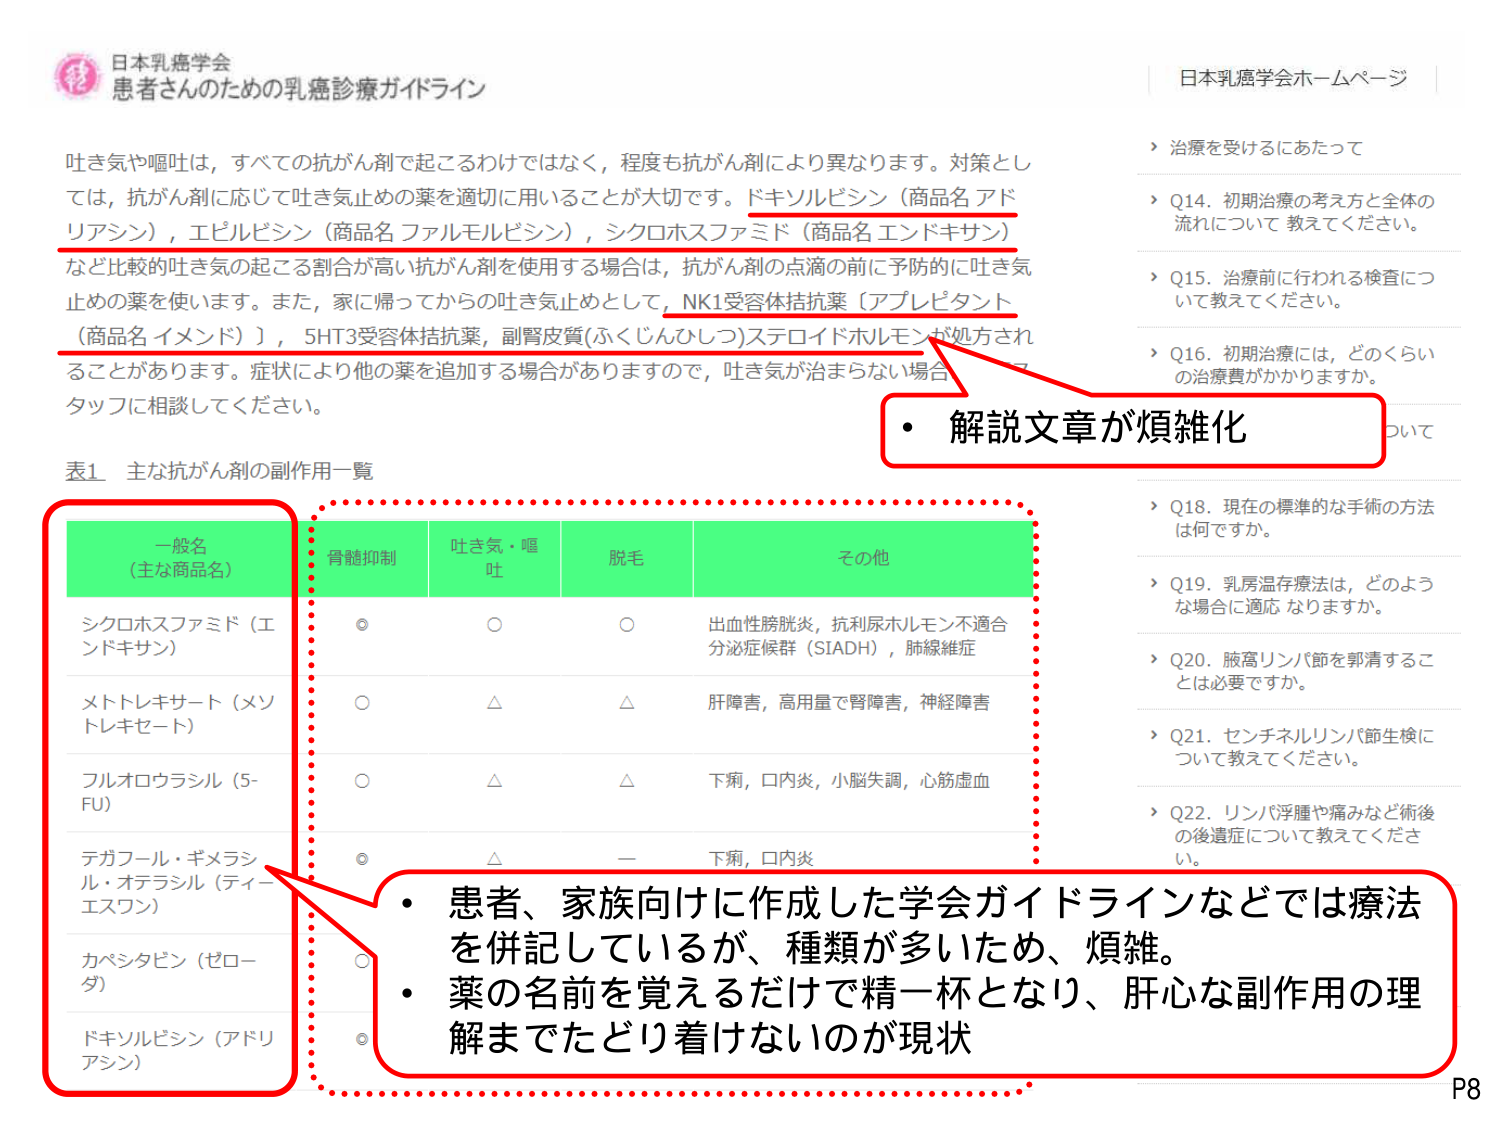
日本乳癌学会
患者さんのための乳癌診療ガイドライン

吐き気や嘔吐は、すべての抗がん剤で起こるわけではなく、程度も抗がん剤により異なります。対策としては、抗がん剤に応じて吐き気止めの薬を適切に用いることが大切です。ドキソルビシン（商品名 アドリアシン）、エピルビシン（商品名 ファルモルビシン）、シクロホスファミド（商品名 エンドキサン）など比較的吐き気の起こる割合が高い抗がん剤を使用する場合は、抗がん剤の点滴の前に予防的に吐き気止めの薬を使います。また、家に帰ってからの吐き気止めとして、NK1受容体拮抗薬（アプレピタント（商品名 イメンド））、5HT3受容体拮抗薬、副腎皮質（ふくじんひしつ）ステロイドホルモンが処方されることがあります。症状により他の薬を追加する場合がありますので、吐き気が治まらない場合、スタッフに相談してください。

表1 主な抗がん剤の副作用一覧

一般名（主な商品名）　骨髄抑制　吐き気・嘔吐　脱毛　その他
シクロホスファミド（エンドキサン）　◎　○　○　出血性膀胱炎、抗利尿ホルモン不適合分泌症候群（SIADH）、肺線維症
メトトレキサート（メソトレキセート）　○　△　△　肝障害、高用量で腎障害、神経障害
フルオロウラシル（5-FU）　○　△　△　下痢、口内炎、小脳失調、心筋虚血
テガフール・ギメラシル・オテラシル（ティーエスワン）　◎　△　ー　下痢、口内炎
カペシタビン（ゼローダ）　○
ドキソルビシン（アドリアシン）　◎

日本乳癌学会ホームページ
▶ 治療を受けるにあたって
▶ Q14. 初期治療の考え方と全体の流れについて 教えてください。
▶ Q15. 治療前に行われる検査について教えてください。
▶ Q16. 初期治療には、どのくらいの治療費がかかりますか。
▶ Q18. 現在の標準的な手術の方法は何ですか。
▶ Q19. 乳房温存療法は、どのような場合に適応なりますか。
▶ Q20. 腋窩リンパ節を郭清することは必要ですか。
▶ Q21. センチネルリンパ節生検について教えてください。
▶ Q22. リンパ浮腫や痛みなど術後の後遺症について教えてください。

・解説文章が煩雑化
・患者、家族向けに作成した学会ガイドラインなどでは療法を併記しているが、種類が多いため、煩雑。
・薬の名前を覚えるだけで精一杯となり、肝心な副作用の理解までたどり着けないのが現状

P8